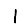
Digit: 1